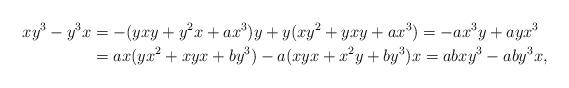
LaTeX: \begin{align*}xy^3-y^3x & = -(yxy+y^2x+ax^3)y+y(xy^2+yxy+ax^3) = -ax^3y+ayx^3 \\& =ax(yx^2+xyx+by^3)-a(xyx+x^2y+by^3)x = abxy^3-aby^3x,\end{align*}